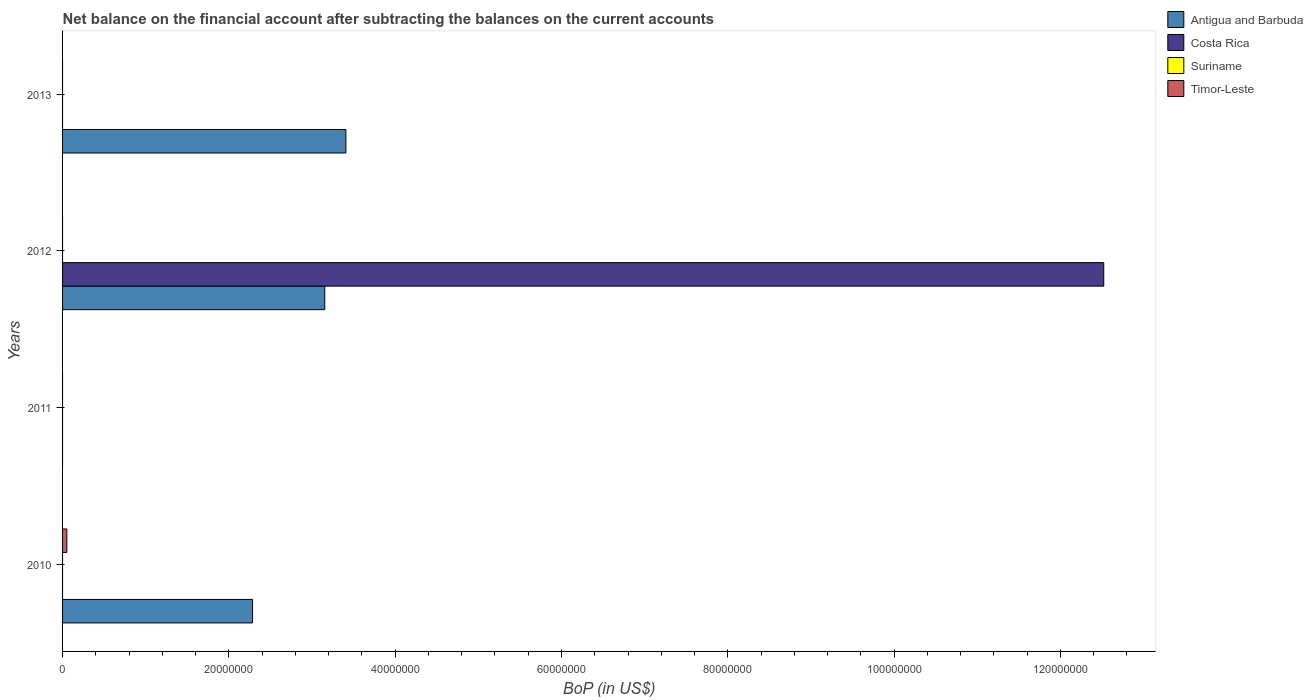
| Years | Antigua and Barbuda | Costa Rica | Suriname | Timor-Leste |
 | --- | --- | --- | --- | --- |
 | 2010 | 2.28e+07 | -2.51e+08 | -1.68e+08 | 5.13e+05 |
 | 2011 | -1.31e+07 | -4.61e+08 | -7.71e+07 | -3.69e+07 |
 | 2012 | 3.15e+07 | 1.25e+08 | -4.13e+08 | -8.84e+07 |
 | 2013 | 3.41e+07 | -4.84e+08 | -3.38e+08 | -4.32e+07 |